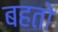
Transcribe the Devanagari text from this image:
बहतो